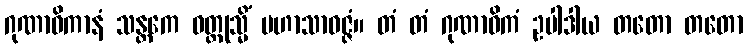
ဂုဏာဓိကာနံ သန္တကေ ဝတ္ထုသ္မိံ မဟာသာဝဇ္ဇံ။ တံ တံ ဂုဏာဓိကံ ဥပါဒါယ တတော တတော